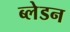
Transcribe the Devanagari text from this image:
ब्लेडन